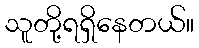
သူတို့ရရှိနေတယ်။